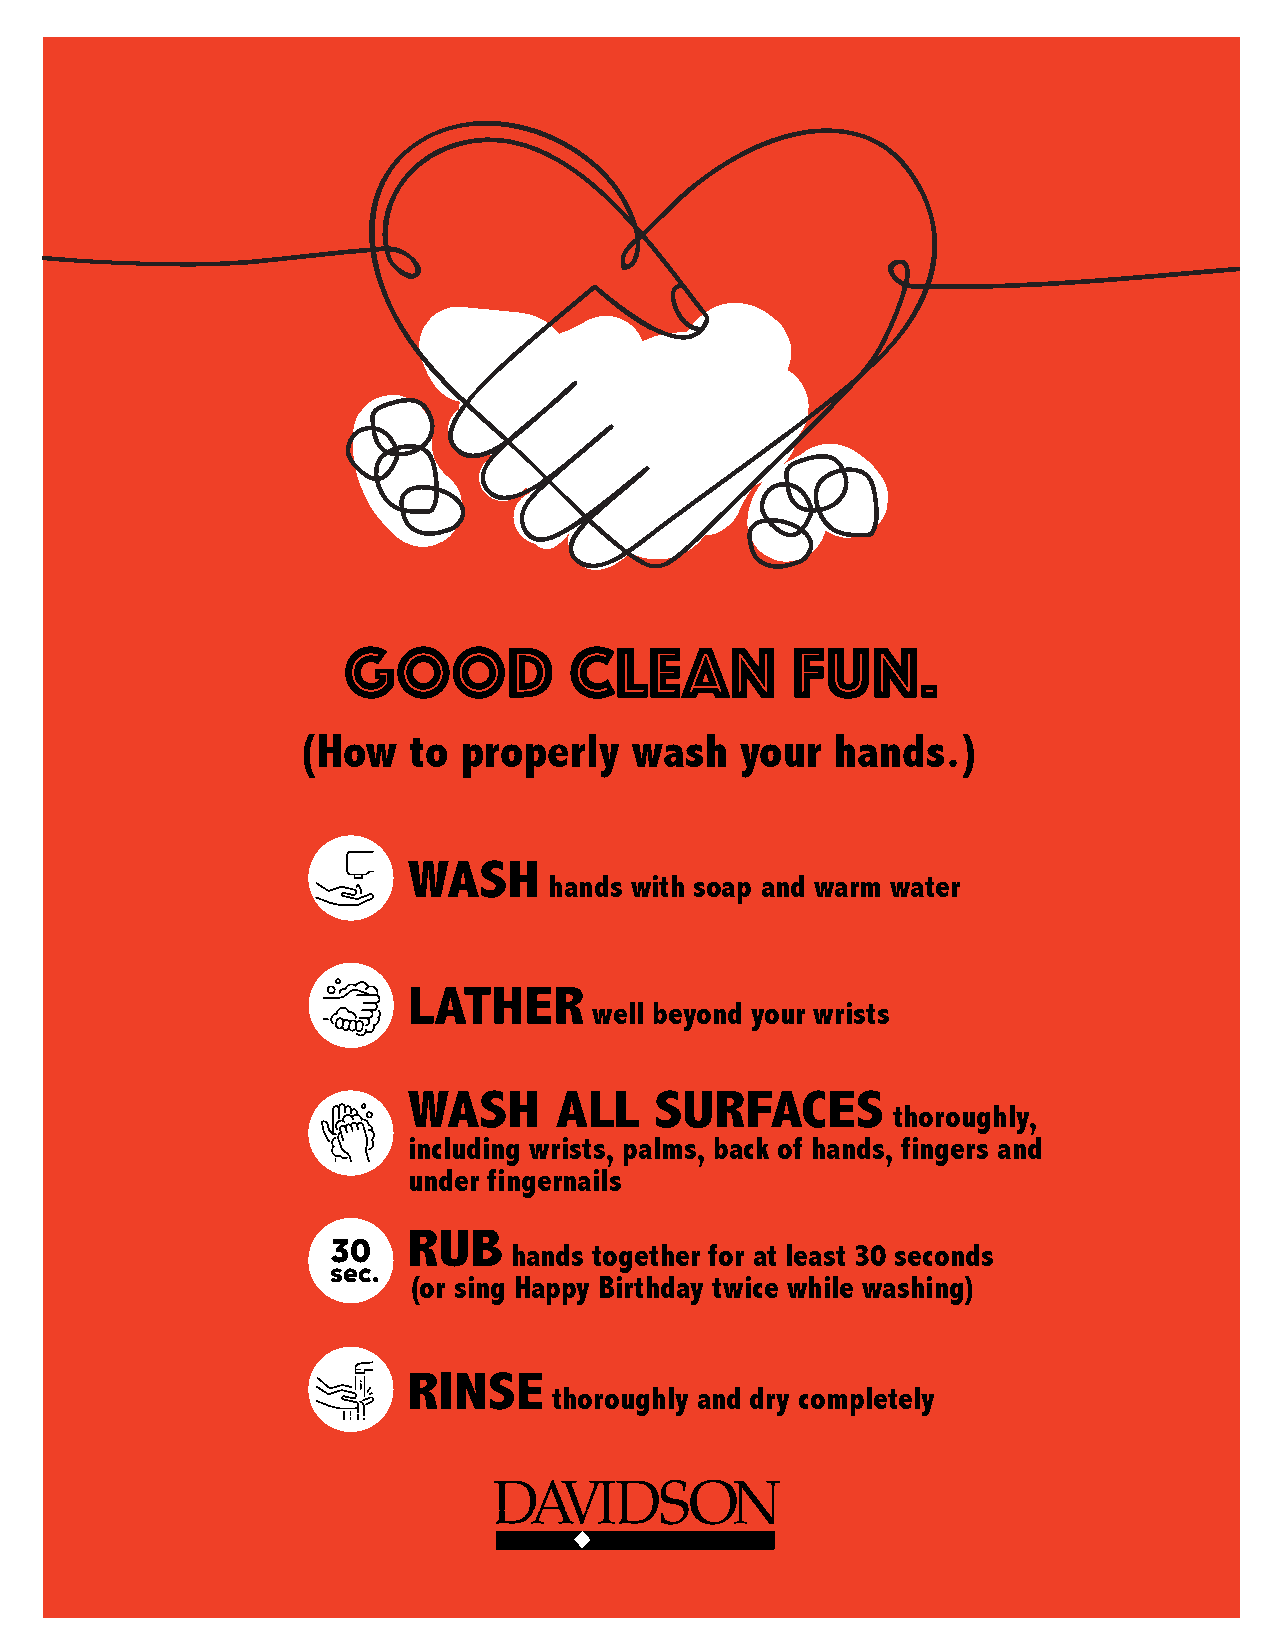
Good           clean         fun.
 (How   to  properly   wash   your  hands.)
 WASH
 hands with soap and warm water
 LATHER
 well beyond your wrists
 WASH      ALL   SURFACES
 thoroughly,
 including wrists, palms, back of hands, fingers and
 under fingernails
 RUB
 30
 hands together for at least 30 seconds
 sec.
 (or sing Happy Birthday twice while washing)
 RINSE
 thoroughly and dry completely